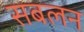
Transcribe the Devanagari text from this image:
सबलन